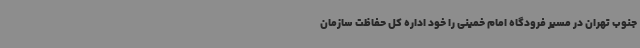
جنوب تهران در مسیر فرودگاه امام خمینی را خود اداره کل حفاظت سازمان